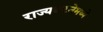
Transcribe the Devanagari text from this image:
राज्यघटनेमध्ये